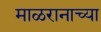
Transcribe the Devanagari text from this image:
माळरानाच्या